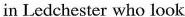
in Ledchester who look